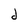
Character: d